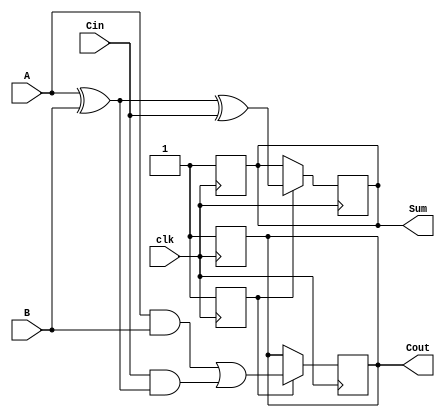
module dynamic_full_adder (
    input wire A,      // First input bit
    input wire B,      // Second input bit
    input wire Cin,    // Carry-in bit
    input wire clk,    // Clock signal
    output reg Sum,    // Sum output
    output reg Cout    // Carry-out output
);

    // Internal signals for precharge and evaluation
    reg precharged;

    always @(posedge clk) begin
        // Precharge phase
        Sum <= 1'b1;     // Precharge Sum to 1
        Cout <= 1'b1;    // Precharge Cout to 1
        precharged <= 1'b1; // Indicate precharge is active
    end

    always @(negedge clk) begin
        // Evaluation phase
        if (precharged) begin
            // Evaluate Sum and Cout based on inputs
            Sum <= A ^ B ^ Cin; // Sum = A  B  Cin
            Cout <= (A & B) | (Cin & (A ^ B)); // Cout = (A AND B) OR (Cin AND (A XOR B))
        end
    end

endmodule